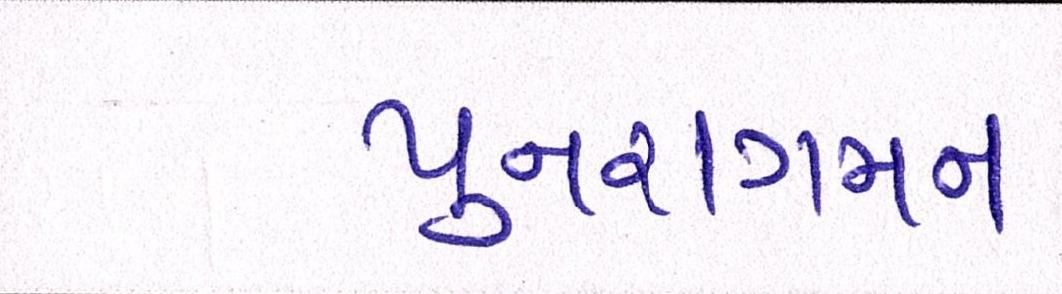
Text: પુનરાગમન